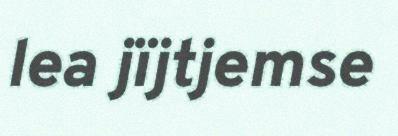
lea jïjtjemse